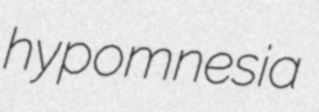
hypomnesia